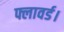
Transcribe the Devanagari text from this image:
फ्लावर्ड।